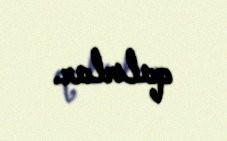
qalırlar.